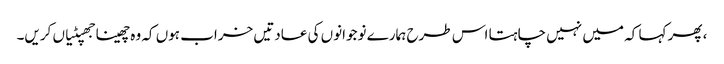
، پھر کہا کہ میں نہیں چاہتا اس طرح ہمارے نوجوانوں کی عادتیں خراب ہوں کہ وہ چھینا جھپٹیاں کریں۔